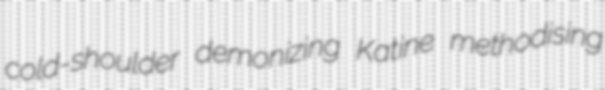
cold-shoulder demonizing Katine methodising